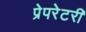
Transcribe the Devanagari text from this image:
प्रेपरेटरी